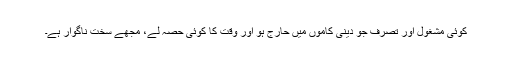
کوئی مشغول اور تصرف جو دینی کاموں میں حارج ہو اور وقت کا کوئی حصہ لے، مجھے سخت ناگوار ہے۔